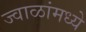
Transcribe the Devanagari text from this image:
ज्वाळांमध्ये